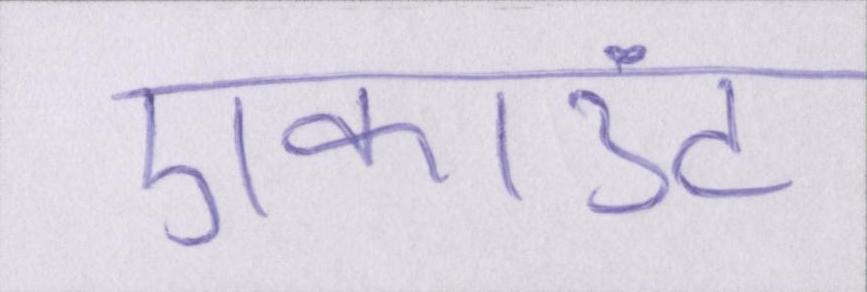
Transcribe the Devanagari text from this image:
एकाउंट